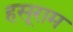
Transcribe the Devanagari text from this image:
हसूराम